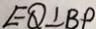
E Q \bot B P